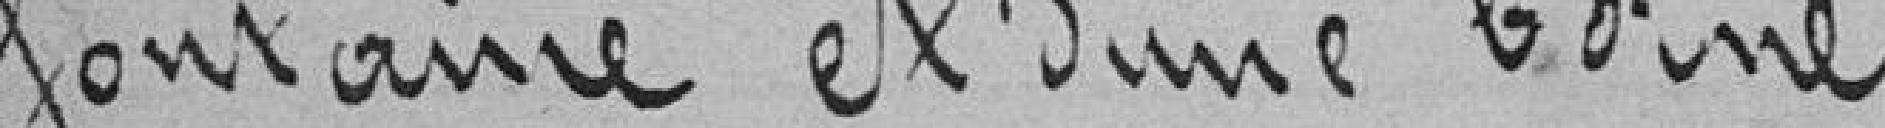
fontaine et d'une borne